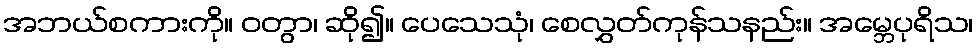
အဘယ်စကားကို။ ဝတွာ၊ ဆို၍။ ပေသေသုံ၊ စေလွှတ်ကုန်သနည်း။ အမ္ဘေပုရိသ၊